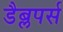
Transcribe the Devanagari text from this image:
डैब्लपर्स